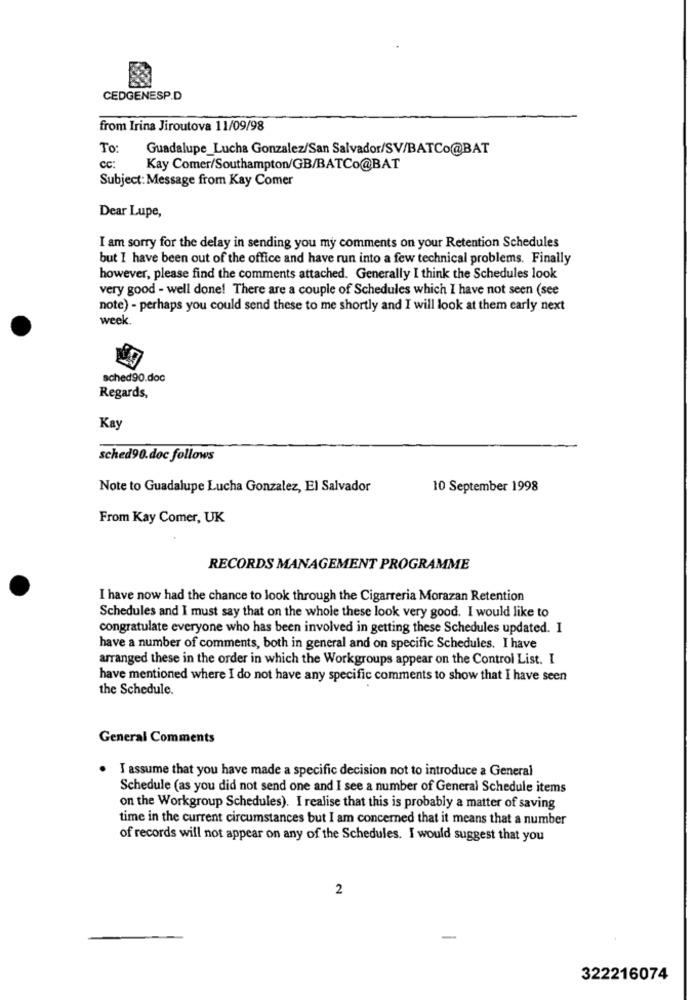
CEDGENESP.D
from Irina Jiroutova 11/09/98
To:
Guadalupe_Lucha Gonzalez/San Salvador/SV/BATCo@BAT
cc:
Kay Comer/Southampton/GB/BATCo@BAT
Subject: Message from Kay Comer
Dear Lupe,
I am sorry for the delay in sending you my comments on your Retention Schedules
but I have been out of the office and have run into a few technical problems. Finally
however, please find the comments attached. Generally I think the Schedules look
very good - well done! There are a couple of Schedules which I have not seen (see
note) - perhaps you could send these to me shortly and I will look at them early next
week.
sched90.doc
Regards,
Kay
sched90.doc follows
Note to Guadalupe Lucha Gonzalez, El Salvador
10 September 1998
From Kay Comer, UK
RECORDS MANAGEMENT PROGRAMME
I have now had the chance to look through the Cigarreria Morazan Retention
Schedules and I must say that on the whole these look very good. I would like to
congratulate everyone who has been involved in getting these Schedules updated. I
have a number of comments, both in general and on specific Schedules. I have
arranged these in the order in which the Workgroups appear on the Control List. I
have mentioned where I do not have any specific comments to show that I have seen
the Schedule.
General Comments
I assume that you have made a specific decision not to introduce a General
Schedule (as you did not send one and I see a number of General Schedule items
on the Workgroup Schedules). I realise that this is probably a matter of saving
time in the current circumstances but I am concerned that it means that a number
of records will not appear on any of the Schedules. I would suggest that you
2
322216074